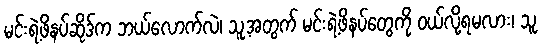
မင်းရဲ့ဖိနပ်ဆိုဒ်က ဘယ်လောက်လဲ၊ သူ့အတွက် မင်းရဲ့ဖိနပ်တွေကို ဝယ်လို့ရမလား၊ သူ